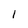
Character: 1